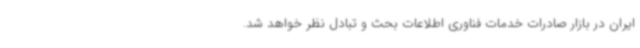
ایران در بازار صادرات خدمات فناوری اطلاعات بحث و تبادل نظر خواهد شد.